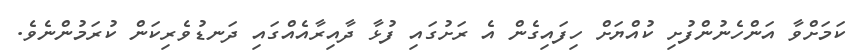
ކަމަށްވާ އަންހެނުންފުށި ކުއްޔަށް ހިފައިގެން އެ ރަށުގައި ފުޅާ ދާއިރާއެއްގައި ދަނޑުވެރިކަން ކުރަމުންނެވެ.